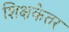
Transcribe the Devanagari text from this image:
शिक्षकेतर